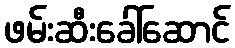
ဖမ်းဆီးခေါ်ဆောင်